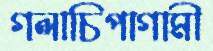
গলাচিপাগামী